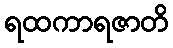
ရထကာရဇာတိ